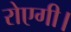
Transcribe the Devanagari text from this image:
रोएगी।